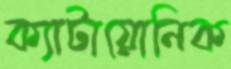
ক্যাটায়োনিক